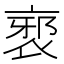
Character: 𲀯